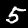
Digit: 5